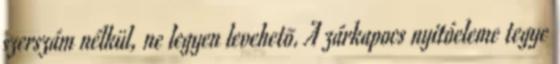
szerszám nélkül, ne legyen levehetõ. A zárkapocs nyitóeleme tegye